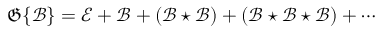
{ \mathfrak { G } } \{ { \mathcal { B } } \} = { \mathcal { E } } + { \mathcal { B } } + ( { \mathcal { B } } \star { \mathcal { B } } ) + ( { \mathcal { B } } \star { \mathcal { B } } \star { \mathcal { B } } ) + \cdots